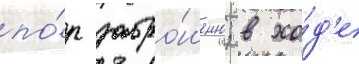
по́р забро́шено; в хо́д'е